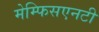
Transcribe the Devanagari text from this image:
मेम्फिसएनटी